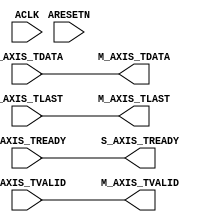
//----------------------------------------------------------------------------
// loopback - module
//----------------------------------------------------------------------------
// IMPORTANT:
// DO NOT MODIFY THIS FILE EXCEPT IN THE DESIGNATED SECTIONS.
//
// SEARCH FOR --USER TO DETERMINE WHERE CHANGES ARE ALLOWED.
//
// TYPICALLY, THE ONLY ACCEPTABLE CHANGES INVOLVE ADDING NEW
// PORTS AND GENERICS THAT GET PASSED THROUGH TO THE INSTANTIATION
// OF THE USER_LOGIC ENTITY.
//----------------------------------------------------------------------------
//
// ***************************************************************************
// ** Copyright (c) 1995-2012 Xilinx, Inc.  All rights reserved.            **
// **                                                                       **
// ** Xilinx, Inc.                                                          **
// ** XILINX IS PROVIDING THIS DESIGN, CODE, OR INFORMATION "AS IS"         **
// ** AS A COURTESY TO YOU, SOLELY FOR USE IN DEVELOPING PROGRAMS AND       **
// ** SOLUTIONS FOR XILINX DEVICES.  BY PROVIDING THIS DESIGN, CODE,        **
// ** OR INFORMATION AS ONE POSSIBLE IMPLEMENTATION OF THIS FEATURE,        **
// ** APPLICATION OR STANDARD, XILINX IS MAKING NO REPRESENTATION           **
// ** THAT THIS IMPLEMENTATION IS FREE FROM ANY CLAIMS OF INFRINGEMENT,     **
// ** AND YOU ARE RESPONSIBLE FOR OBTAINING ANY RIGHTS YOU MAY REQUIRE      **
// ** FOR YOUR IMPLEMENTATION.  XILINX EXPRESSLY DISCLAIMS ANY              **
// ** WARRANTY WHATSOEVER WITH RESPECT TO THE ADEQUACY OF THE               **
// ** IMPLEMENTATION, INCLUDING BUT NOT LIMITED TO ANY WARRANTIES OR        **
// ** REPRESENTATIONS THAT THIS IMPLEMENTATION IS FREE FROM CLAIMS OF       **
// ** INFRINGEMENT, IMPLIED WARRANTIES OF MERCHANTABILITY AND FITNESS       **
// ** FOR A PARTICULAR PURPOSE.                                             **
// **                                                                       **
// ***************************************************************************
//
//----------------------------------------------------------------------------
// Filename:          loopback
// Version:           1.00.a
// Description:       Example Axi Streaming core (Verilog).
// Verilog Standard:  Verilog-2001
//----------------------------------------------------------------------------
// Naming Conventions:
//   active low signals:                    "*_n"
//   clock signals:                         "clk", "clk_div#", "clk_#x"
//   reset signals:                         "rst", "rst_n"
//   generics:                              "C_*"
//   user defined types:                    "*_TYPE"
//   state machine next state:              "*_ns"
//   state machine current state:           "*_cs"
//   combinatorial signals:                 "*_com"
//   pipelined or register delay signals:   "*_d#"
//   counter signals:                       "*cnt*"
//   clock enable signals:                  "*_ce"
//   internal version of output port:       "*_i"
//   device pins:                           "*_pin"
//   ports:                                 "- Names begin with Uppercase"
//   processes:                             "*_PROCESS"
//   component instantiations:              "<ENTITY_>I_<#|FUNC>"
//----------------------------------------------------------------------------

////////////////////////////////////////////////////////////////////////////////
//
//
// Definition of Ports
// ACLK              : Synchronous clock
// ARESETN           : System reset, active low
// S_AXIS_TREADY  : Ready to accept data in
// S_AXIS_TDATA   :  Data in 
// S_AXIS_TLAST   : Optional data in qualifier
// S_AXIS_TVALID  : Data in is valid
// M_AXIS_TVALID  :  Data out is valid
// M_AXIS_TDATA   : Data Out
// M_AXIS_TLAST   : Optional data out qualifier
// M_AXIS_TREADY  : Connected slave device is ready to accept data out
//
////////////////////////////////////////////////////////////////////////////////

//----------------------------------------
// Module Section
//----------------------------------------
module loopback 
	(
		// ADD USER PORTS BELOW THIS LINE 
		// -- USER ports added here 
		// ADD USER PORTS ABOVE THIS LINE 

		// DO NOT EDIT BELOW THIS LINE ////////////////////
		// Bus protocol ports, do not add or delete. 
		ACLK,
		ARESETN,
		S_AXIS_TREADY,
		S_AXIS_TDATA,
		S_AXIS_TLAST,
		S_AXIS_TVALID,
		M_AXIS_TVALID,
		M_AXIS_TDATA,
		M_AXIS_TLAST,
		M_AXIS_TREADY
		// DO NOT EDIT ABOVE THIS LINE ////////////////////
	);

// ADD USER PORTS BELOW THIS LINE 
// -- USER ports added here 
// ADD USER PORTS ABOVE THIS LINE 

input                                     ACLK;
input                                     ARESETN;
output                                    S_AXIS_TREADY;
input      [31 : 0]                       S_AXIS_TDATA;
input                                     S_AXIS_TLAST;
input                                     S_AXIS_TVALID;
output                                    M_AXIS_TVALID;
output     [31 : 0]                       M_AXIS_TDATA;
output                                    M_AXIS_TLAST;
input                                     M_AXIS_TREADY;

// ADD USER PARAMETERS BELOW THIS LINE 
// --USER parameters added here 
// ADD USER PARAMETERS ABOVE THIS LINE


//----------------------------------------
// Implementation Section
//----------------------------------------
// In this section, we povide an example implementation of MODULE loopback
// that does the following:
//
// 1. Read all inputs
// 2. Add each input to the contents of register 'sum' which
//    acts as an accumulator
// 3. After all the inputs have been read, write out the
//    content of 'sum' into the output stream NUMBER_OF_OUTPUT_WORDS times
//
// You will need to modify this example for
// MODULE loopback to implement your coprocessor

   assign M_AXIS_TLAST  = S_AXIS_TLAST;
   assign M_AXIS_TVALID = S_AXIS_TVALID;
   assign S_AXIS_TREADY = M_AXIS_TREADY;
   assign M_AXIS_TDATA  = S_AXIS_TDATA;

endmodule